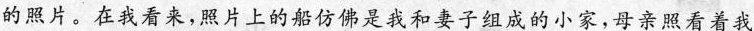
的照片。在我看来,照片上的船仿佛是我和妻子组成的小家,母亲照看着我